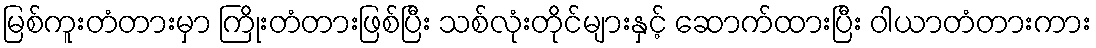
မြစ်ကူးတံတားမှာ ကြိုးတံတားဖြစ်ပြီး သစ်လုံးတိုင်များနှင့် ဆောက်ထားပြီး ဝါယာတံတားကား